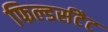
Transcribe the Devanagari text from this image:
फिल्डर्सटैट